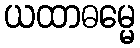
ယထာဓမ္မေ